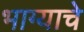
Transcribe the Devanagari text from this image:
भाग्याचे